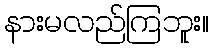
နားမလည်ကြဘူး။